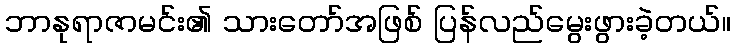
ဘာနုရာဇာမင်း၏ သားတော်အဖြစ် ပြန်လည်မွေးဖွားခဲ့တယ်။